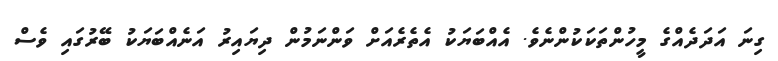
ގިނަ އަދަދެއްގެ މީހުންތަކަކުންނެވެ. އެއްބަޔަކު އެތެރެއަށް ވަންނަމުން ދިޔައިރު އަނެއްބަޔަކު ބޭރުގައި ވެސް